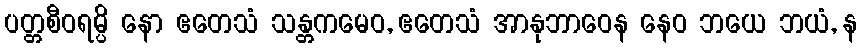
ပတ္တစီဝရမ္ပိ နော ဧတေသံ သန္တကမေဝ, ဧတေသံ အာနုဘာဝေန နေဝ ဘယေ ဘယံ, န